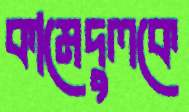
কামেদুলকে